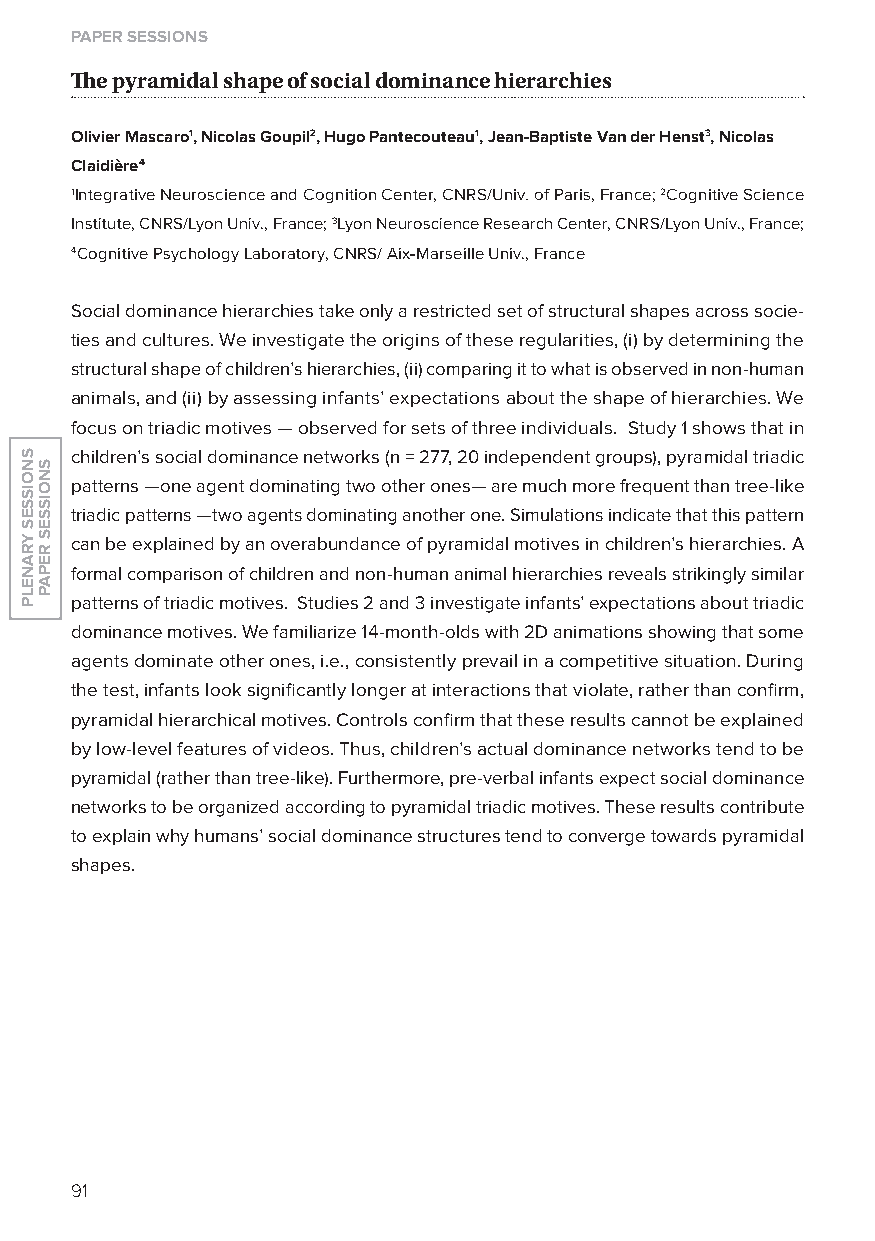
paper sessions
 The pyramidal shape of social dominance hierarchies
 olivier Mascaro1, nicolas Goupil2, Hugo Pantecouteau1, Jean-Baptiste Van der Henst3, nicolas
 Claidière4
 1Integrative Neuroscience and Cognition Center, CNRS/Univ. of Paris, France; 2Cognitive Science
 Institute, CNRS/lyon Univ., France; 3lyon Neuroscience Research Center, CNRS/lyon Univ., France;
 4Cognitive Psychology laboratory, CNRS/ Aix-Marseille Univ., France
 Social dominance hierarchies take only a restricted set of structural shapes across socie-
 ties and cultures. We investigate the origins of these regularities, (i) by determining the
 structural shape of children’s hierarchies, (ii) comparing it to what is observed in non-human
 animals, and (ii) by assessing infants’ expectations about the shape of hierarchies. We
 focus on triadic motives — observed for sets of three individuals. Study 1 shows that in
 children’s social dominance networks (n = 277, 20 independent groups), pyramidal triadic
 patterns —one agent dominating two other ones— are much more frequent than tree-like
 triadic patterns —two agents dominating another one. Simulations indicate that this pattern
 can be explained by an overabundance of pyramidal motives in children’s hierarchies. A
 formal comparison of children and non-human animal hierarchies reveals strikingly similar
 patterns of triadic motives. Studies 2 and 3 investigate infants’ expectations about triadic
 dominance motives. We familiarize 14-month-olds with 2D animations showing that some
 agents dominate other ones, i.e., consistently prevail in a competitive situation. During
 the test, infants look significantly longer at interactions that violate, rather than confirm,
 pyramidal hierarchical motives. Controls confirm that these results cannot be explained
 by low-level features of videos. Thus, children’s actual dominance networks tend to be
 pyramidal (rather than tree-like). Furthermore, pre-verbal infants expect social dominance
 networks to be organized according to pyramidal triadic motives. These results contribute
 to explain why humans’ social dominance structures tend to converge towards pyramidal
 shapes.
 91
 snoisses
 yranelp
 snoisses
 repap